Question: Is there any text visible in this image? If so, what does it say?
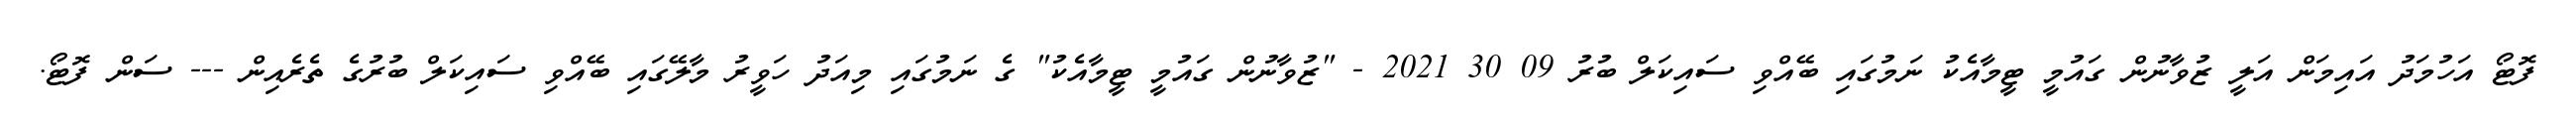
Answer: ފޮޓޯ އަހުމަދު އައިމަން އަލީ ޒުވާނުން ގައުމީ ޓީމާއެކު ނަމުގައި ބޭއްވި ސައިކަލް ބުރު 09 30 2021 - "ޒުވާނުން ގައުމީ ޓީމާއެކު" ގެ ނަމުގައި މިއަދު ހަވީރު މާލޭގައި ބޭއްވި ސައިކަލް ބުރުގެ ތެރެއިން --- ސަން ފޮޓޯ.